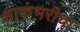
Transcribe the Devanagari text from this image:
शाकंभरीचा